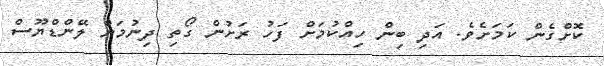
ކޮށްގެން ކަމަށެވެ. އަދި ބިން ހިއްކުމަށް ފަހު ރަށުން ގޯތި ދިނުމަށް ލޭންޑްޔޫސް